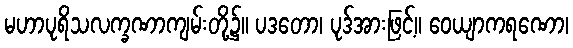
မဟာပုရိသလက္ခဏာကျမ်းတို့၌။ ပဒတော၊ ပုဒ်အားဖြင့်။ ဝေယျာကရဏော၊